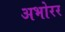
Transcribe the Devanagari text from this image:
अभोरर